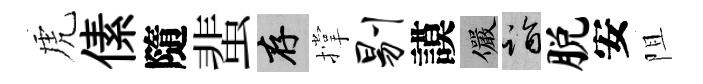
虎傃隨蜚存撑剔謨儼诣脱安阻